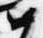
如